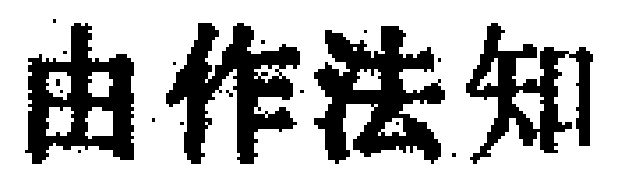
由作法知